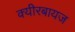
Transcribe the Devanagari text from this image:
क्यीरबायज